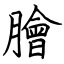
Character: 膾